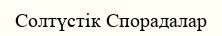
Солтүстік Спорадалар